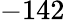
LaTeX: -142